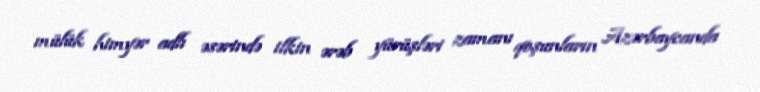
mülük himyər adlı əsərində ilkin ərəb yürüşləri zamanı qoşunların Azərbaycanda